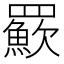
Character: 𦌸